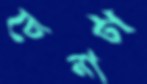
চেনাটা